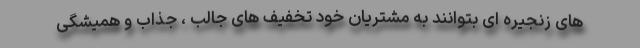
های زنجیره ای بتوانند به مشتریان خود تخفیف های جالب ، جذاب و همیشگی